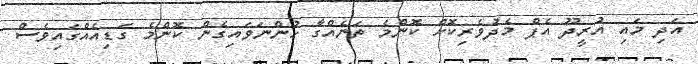
އަދި މައި އުރީދޫ އެޕް މެދުވެރިކޮށް ކޮންމެ ތަނެއްގާ ހުންނަވައިގެން ކޮންމެ ގަޑިއެއްގައިވެސް